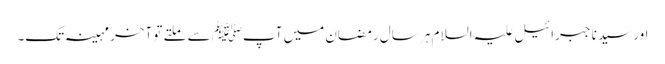
اور سیدنا جبرائیل علیہ السلام ہر سال رمضان میں آپﷺ سے ملتے تو آخر مہینہ تک۔